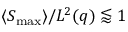
\langle S _ { \mathrm { m a x } } \rangle / L ^ { 2 } ( q ) \lessapprox 1